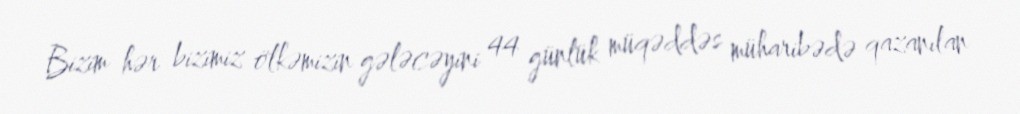
Bizim hər bizimiz ölkəmizin gələcəyini 44 günlük müqəddəs müharibədə qazanılan